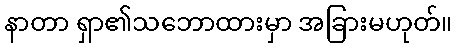
နာတာ ရှာ၏သဘောထားမှာ အခြားမဟုတ်။